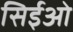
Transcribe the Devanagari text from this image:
सिईओ